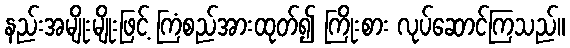
နည်းအမျိုးမျိုးဖြင့် ကြံစည်အားထုတ်၍ ကြိုးစား လုပ်ဆောင်ကြသည်။